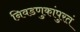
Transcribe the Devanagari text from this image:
निवडणुकांपुरतं